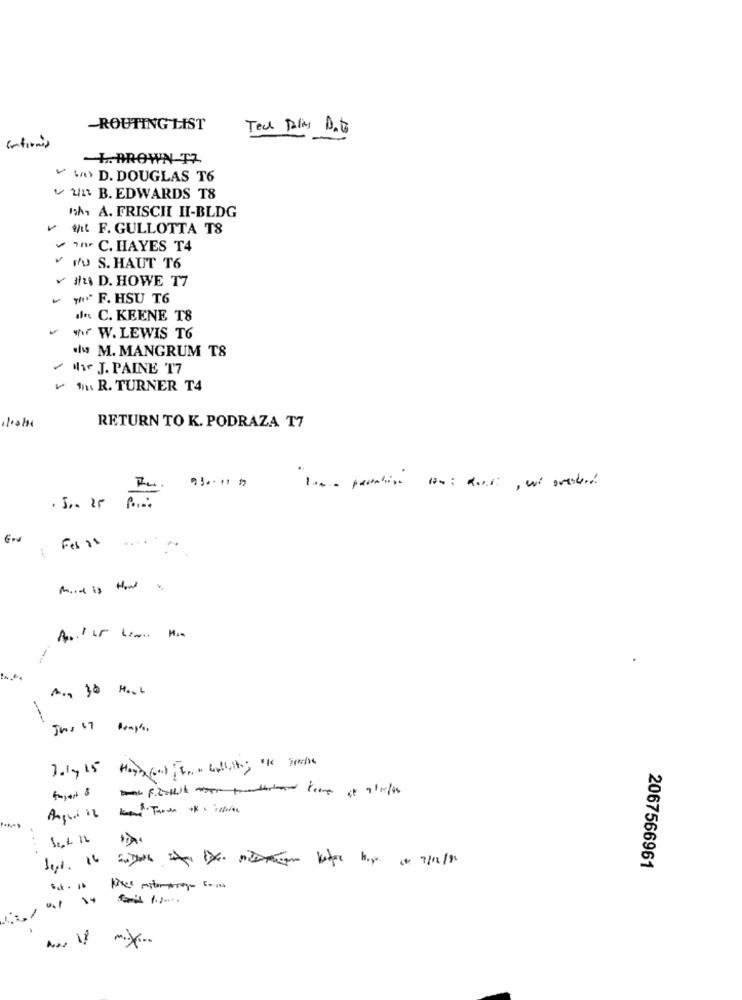
-ROUTING LIST
+. BROWN T7
V Ww D. DOUGLAS T6
v 2/1 B. EDWARDS T8
12h. A. FRISCII II-BLDG
Whit F. GULLOTTA TS
C. HAYES T4
V Nu S. HAUT T6
v Hlu D. HOWE T7
*** F. HSU T6
d. C. KEENE T8
w W. LEWIS T6
w M. MANGRUM TS
NJ. PAINE T7
৳ 1h. R. TURNER T4
1100/11
RETURN TO K. PODRAZA T7
930-11 157
......
Mind is How
-
1
June 17 Pumps .
2067566961
1
AN V mix ..